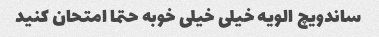
ساندویچ الویه خیلی خیلی خوبه حتما امتحان کنید